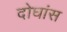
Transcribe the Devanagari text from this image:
दोघांस